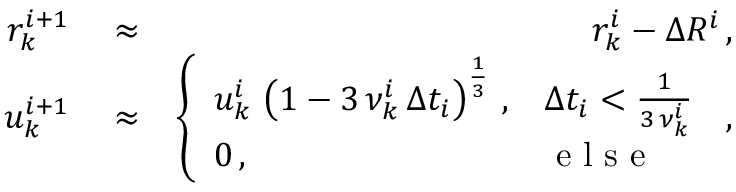
\begin{array} { r l r } { r _ { k } ^ { i + 1 } } & { { } \approx } & { r _ { k } ^ { i } - \Delta R ^ { i } \, , } \\ { u _ { k } ^ { i + 1 } } & { { } \approx } & { \left\{ \begin{array} { l l } { u _ { k } ^ { i } \, \left( 1 - 3 \, \nu _ { k } ^ { i } \, \Delta t _ { i } \right) ^ { \frac { 1 } { 3 } } \, , } & { \Delta t _ { i } < \frac { 1 } { 3 \, \nu _ { k } ^ { i } } } \\ { 0 \, , } & { \mathrm { ~ e ~ l ~ s ~ e ~ } } \end{array} \right. \, , } \end{array}